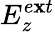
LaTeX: E_{z}^{e\mathbf{x}t}